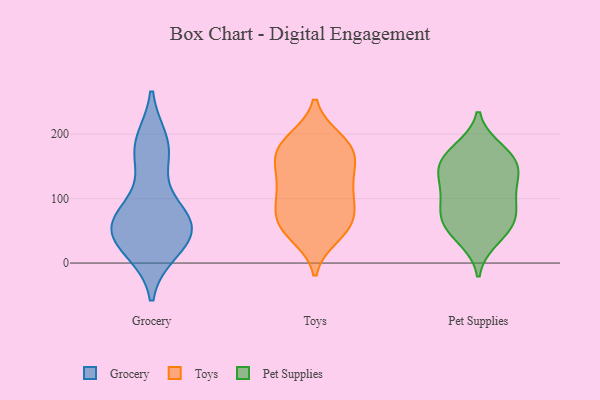
{"axis": {"x": "Revenue (USD Million)", "y": "Value"}, "legend": ["Grocery", "Pet Supplies", "Toys"], "data": [{"x": "", "y": 44, "type": "Grocery"}, {"x": "", "y": 59, "type": "Grocery"}, {"x": "", "y": 172, "type": "Grocery"}, {"x": "", "y": 28, "type": "Grocery"}, {"x": "", "y": 75, "type": "Grocery"}, {"x": "", "y": 186, "type": "Grocery"}, {"x": "", "y": 174, "type": "Grocery"}, {"x": "", "y": 54, "type": "Grocery"}, {"x": "", "y": 57, "type": "Grocery"}, {"x": "", "y": 78, "type": "Grocery"}, {"x": "", "y": 22, "type": "Grocery"}, {"x": "", "y": 66, "type": "Toys"}, {"x": "", "y": 186, "type": "Toys"}, {"x": "", "y": 142, "type": "Toys"}, {"x": "", "y": 83, "type": "Toys"}, {"x": "", "y": 168, "type": "Toys"}, {"x": "", "y": 42, "type": "Toys"}, {"x": "", "y": 59, "type": "Toys"}, {"x": "", "y": 114, "type": "Toys"}, {"x": "", "y": 131, "type": "Toys"}, {"x": "", "y": 86, "type": "Toys"}, {"x": "", "y": 98, "type": "Toys"}, {"x": "", "y": 156, "type": "Toys"}, {"x": "", "y": 51, "type": "Toys"}, {"x": "", "y": 187, "type": "Toys"}, {"x": "", "y": 192, "type": "Toys"}, {"x": "", "y": 111, "type": "Toys"}, {"x": "", "y": 51, "type": "Toys"}, {"x": "", "y": 156, "type": "Toys"}, {"x": "", "y": 182, "type": "Toys"}, {"x": "", "y": 175, "type": "Pet Supplies"}, {"x": "", "y": 74, "type": "Pet Supplies"}, {"x": "", "y": 59, "type": "Pet Supplies"}, {"x": "", "y": 102, "type": "Pet Supplies"}, {"x": "", "y": 168, "type": "Pet Supplies"}, {"x": "", "y": 144, "type": "Pet Supplies"}, {"x": "", "y": 38, "type": "Pet Supplies"}, {"x": "", "y": 77, "type": "Pet Supplies"}, {"x": "", "y": 127, "type": "Pet Supplies"}, {"x": "", "y": 107, "type": "Pet Supplies"}, {"x": "", "y": 155, "type": "Pet Supplies"}, {"x": "", "y": 55, "type": "Pet Supplies"}, {"x": "", "y": 150, "type": "Pet Supplies"}]}